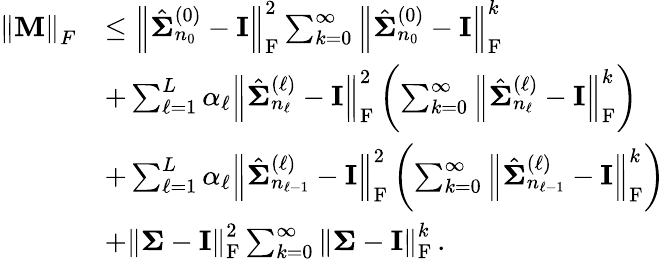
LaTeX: \begin{array}{rl}{\left\lVert{\mathbf{M}}\right\rVert_{F}}&{\le\left\lVert\hat{{\boldsymbol{\Sigma}}}_{n_{0}}^{(0)}-{\mathbf{I}}\right\rVert_{\mathrm{F}}^{2}\sum_{k=0}^{\infty}\left\lVert\hat{{\boldsymbol{\Sigma}}}_{n_{0}}^{(0)}-{\mathbf{I}}\right\rVert_{\mathrm{F}}^{k}}\\ &{+\sum_{\ell=1}^{L}\alpha_{\ell}\left\lVert\hat{{\boldsymbol{\Sigma}}}_{n_{\ell}}^{(\ell)}-{\mathbf{I}}\right\rVert_{\mathrm{F}}^{2}\left(\sum_{k=0}^{\infty}\left\lVert\hat{{\boldsymbol{\Sigma}}}_{n_{\ell}}^{(\ell)}-{\mathbf{I}}\right\rVert_{\mathrm{F}}^{k}\right)}\\ &{+\sum_{\ell=1}^{L}\alpha_{\ell}\left\lVert\hat{{\boldsymbol{\Sigma}}}_{n_{\ell-1}}^{(\ell)}-{\mathbf{I}}\right\rVert_{\mathrm{F}}^{2}\left(\sum_{k=0}^{\infty}\left\lVert\hat{{\boldsymbol{\Sigma}}}_{n_{\ell-1}}^{(\ell)}-{\mathbf{I}}\right\rVert_{\mathrm{F}}^{k}\right)}\\ &{+\left\lVert{\boldsymbol{\Sigma}}-{\mathbf{I}}\right\rVert_{\mathrm{F}}^{2}\sum_{k=0}^{\infty}\left\lVert{\boldsymbol{\Sigma}}-{\mathbf{I}}\right\rVert_{\mathrm{F}}^{k}\, .}\end{array}